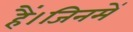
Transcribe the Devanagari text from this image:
हैं।जिनमें